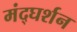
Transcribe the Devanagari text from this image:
मंद्घर्शन